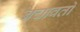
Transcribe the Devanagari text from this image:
बचावतो